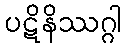
ပဋိနိဿဂ္ဂါ